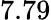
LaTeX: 7.79